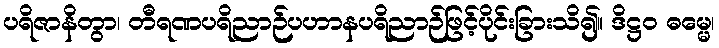
ပရိဇာနိတွာ၊ တီရဏပရိညာဉ်ပဟာနပရိညာဉ်ဖြင့်ပိုင်းခြားသိ၍။ ဒိဋ္ဌဝ ဓမ္မေ၊